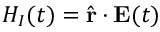
H _ { I } ( t ) = \hat { \mathbf { r } } \cdot \mathbf { E } ( t )